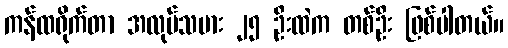
ကန်ထရိုက်တာ အလုပ်သမား ၂၅ ဦးထဲက တစ်ဦး ဖြစ်ပါတယ်။